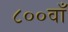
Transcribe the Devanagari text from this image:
८००वाँ